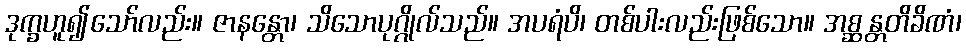
ဒုက္ခဟူ၍သော်လည်း။ ဇာနန္တော၊ သိသောပုဂ္ဂိုလ်သည်။ အပရံပိ၊ တစ်ပါးလည်းဖြစ်သော။ အစ္ဆန္တတိခိဏံ၊